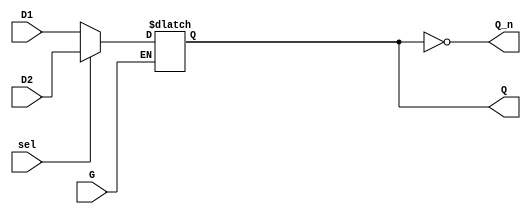
module dual_input_gated_latch (
    input wire D1,        // First Data Input
    input wire D2,        // Second Data Input
    input wire G,         // Gate Control Signal
    input wire sel,       // Selection Control Signal (0 for D1, 1 for D2)
    output reg Q,         // Latch Output
    output wire Q_n       // Inverted Latch Output
);

// Inverted output
assign Q_n = ~Q;

// Latch behavior
always @(G or D1 or D2) begin
    if (G) begin
        // Select the appropriate input based on the selection signal
        if (sel == 0) begin
            Q <= D1;  // If sel is 0, route D1 to Q
        end else begin
            Q <= D2;  // If sel is 1, route D2 to Q
        end
    end
    // If G is low, Q retains its previous value (latch behavior)
end

endmodule